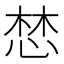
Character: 𢛓